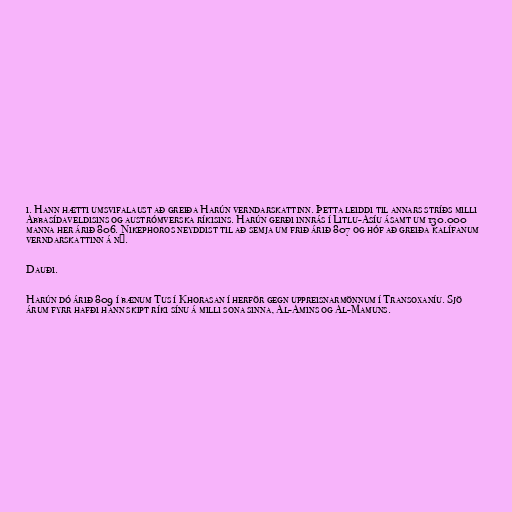
i. Hann hætti umsvifalaust að greiða Harún verndarskattinn. Þetta leiddi til annars stríðs milli
Abbasídaveldisins og austrómverska ríkisins. Harún gerði innrás í Litlu-Asíu ásamt um 130.000
manna her árið 806. Nikephoros neyddist til að semja um frið árið 807 og hóf að greiða kalífanum
verndarskattinn á ný.

Dauði.

Harún dó árið 809 í bænum Tus í Khorasan í herför gegn uppreisnarmönnum í Transoxaníu. Sjö
árum fyrr hafði hann skipt ríki sínu á milli sona sinna, Al-Amins og Al-Mamuns.